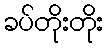
ခပ်တိုးတိုး